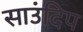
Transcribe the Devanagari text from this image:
साउंदिप